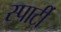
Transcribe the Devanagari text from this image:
स्पार्टी